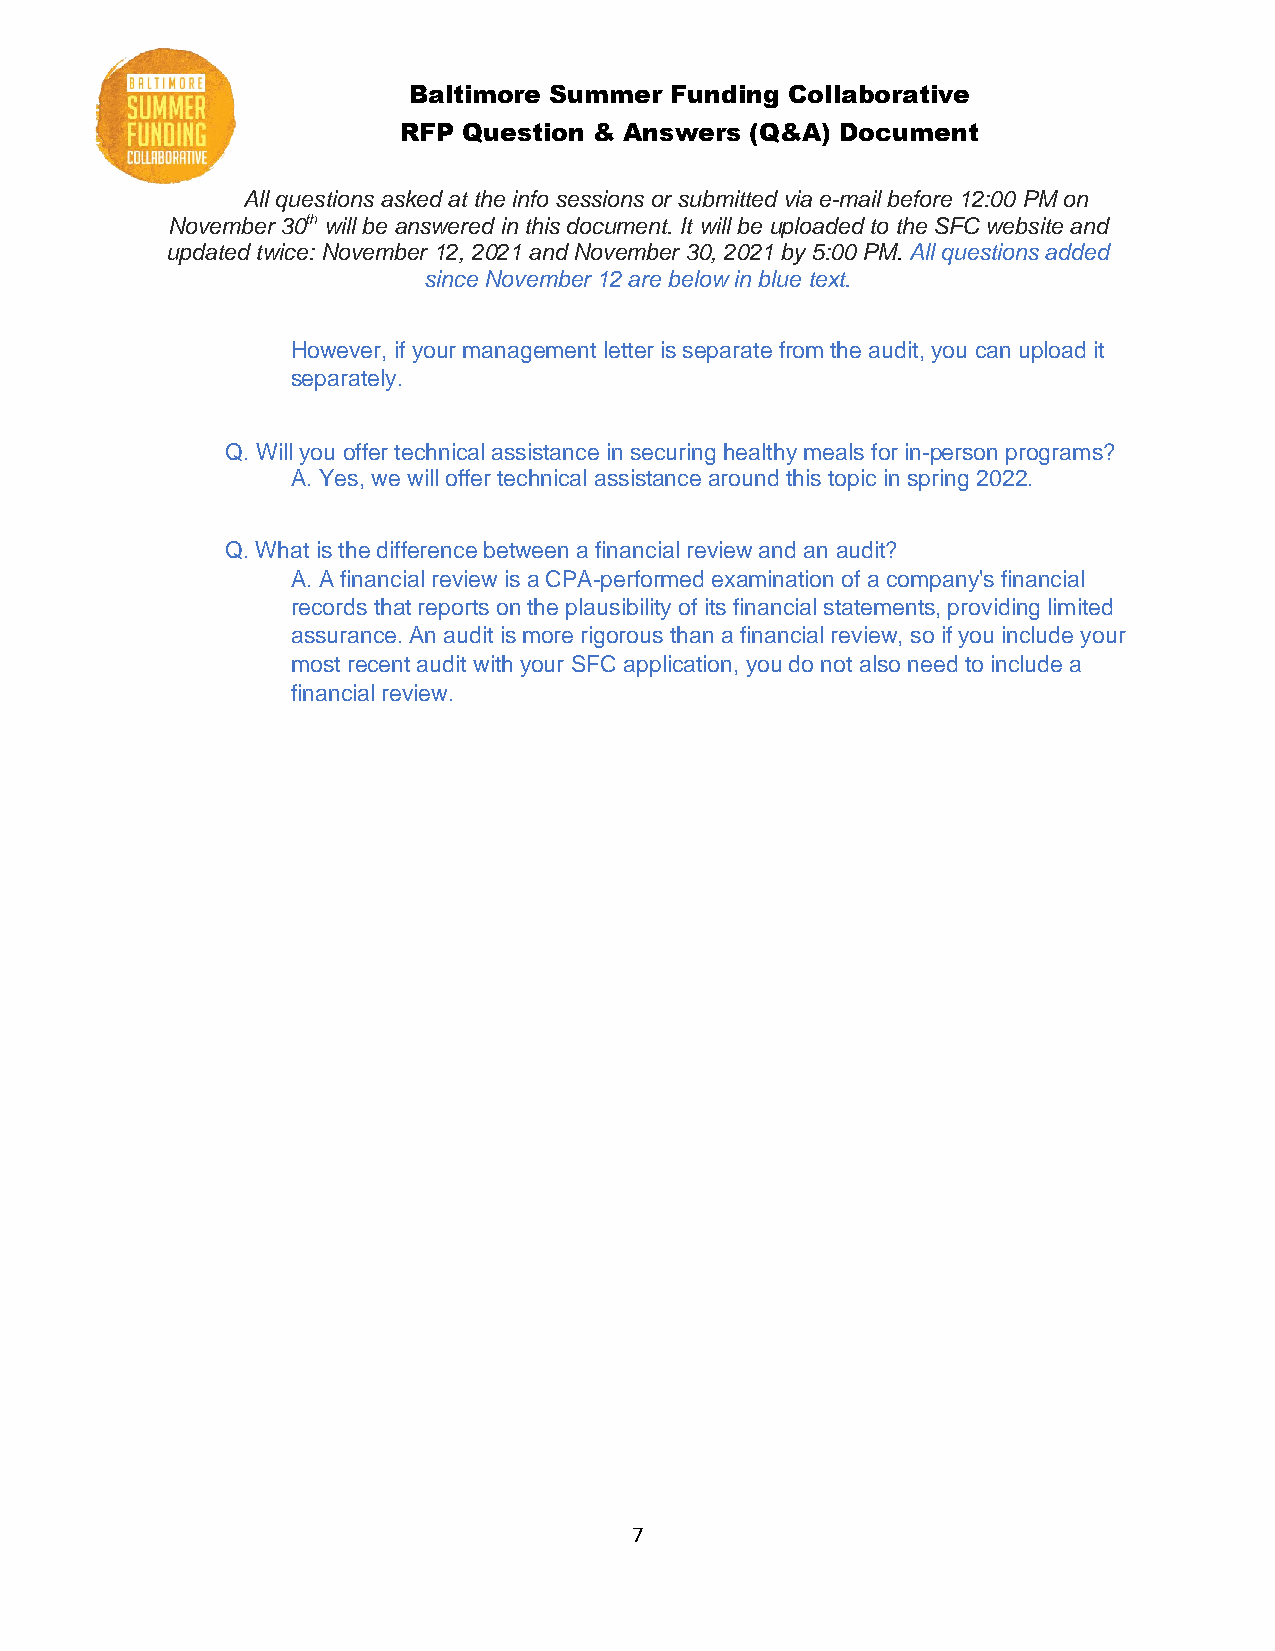
Baltimore Summer Funding Collaborative
 RFP  Question & Answers (Q&A) Document
 All questions asked at the info sessions or submitted via e-mail before 12:00 PM on
 November 30th will be answered in this document. It will be uploaded to the SFC website and
 updated twice: November 12, 2021 and November 30, 2021 by 5:00 PM. All questions added
 since November 12 are below in blue text.
 However, if your management letter is separate from the audit, you can upload it
 separately.
 Q. Will you offer technical assistance in securing healthy meals for in-person programs?
 A. Yes, we will offer technical assistance around this topic in spring 2022.
 Q. What is the difference between a financial review and an audit?
 A. A financial review is a CPA-performed examination of a company's financial
 records that reports on the plausibility of its financial statements, providing limited
 assurance. An audit is more rigorous than a financial review, so if you include your
 most recent audit with your SFC application, you do not also need to include a
 financial review.
 7